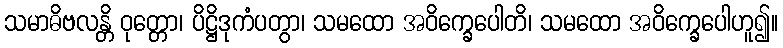
သမာဓိဗလန္တိ ဝုတ္တော၊ ပိဋ္ဌိဒုကံပတွာ၊ သမထော အဝိက္ခေပေါတိ၊ သမထော အဝိက္ခေပေါဟူ၍။